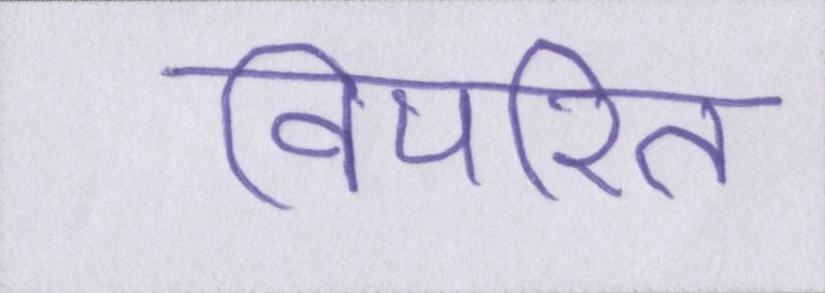
विपरित